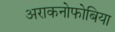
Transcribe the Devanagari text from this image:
अराकनोफोबिया